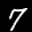
Label: 7